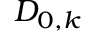
D _ { 0 , k }